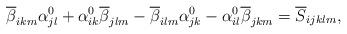
LaTeX: \begin{align*}\overline{\beta}_{ikm}\alpha_{jl}^0+\alpha_{ik}^0\overline{\beta}_{jlm}-\overline{\beta}_{ilm}\alpha_{jk}^0-\alpha_{il}^0\overline{\beta}_{jkm}= \overline{S}_{ijklm}, \end{align*}